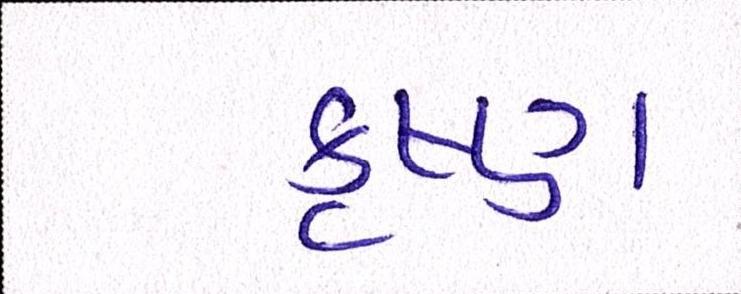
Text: કૃષ્ણ